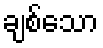
ချစ်သော